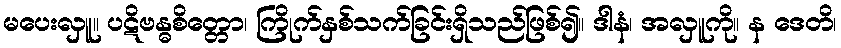
မပေးလှူ။ ပဋိဗန္ဓစိတ္တော၊ ကြိုက်နှစ်သက်ခြင်းရှိသည်ဖြစ်၍။ ဒါနံ၊ အလှူကို။ န ဒေတိ၊